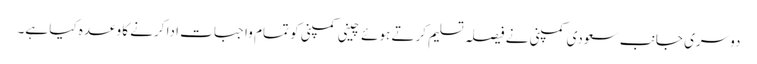
دوسری جانب سعودی کمپنی نے فیصلہ تسلیم کرتے ہوئے چینی کمپنی کو تمام واجبات ادا کرنے کا وعدہ کیا ہے۔